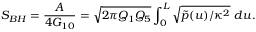
S _ { B H } = { \frac { A } { 4 G _ { 1 0 } } } = \sqrt { 2 \pi Q _ { 1 } Q _ { 5 } } \int _ { 0 } ^ { L } \sqrt { \tilde { p } ( u ) / \kappa ^ { 2 } } \ d u .